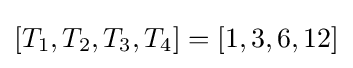
[{T_{1}},{T_{2}},{T_{3}},{T_{4}}]=[1,3,6,12]